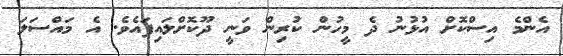
އެންމެ އިސްކޮށް އުޅުނު ދެ މީހުން ކުރިން ވަނީ ދޫކޮށްލައިފައެވެ. އެ މައްސަލަ